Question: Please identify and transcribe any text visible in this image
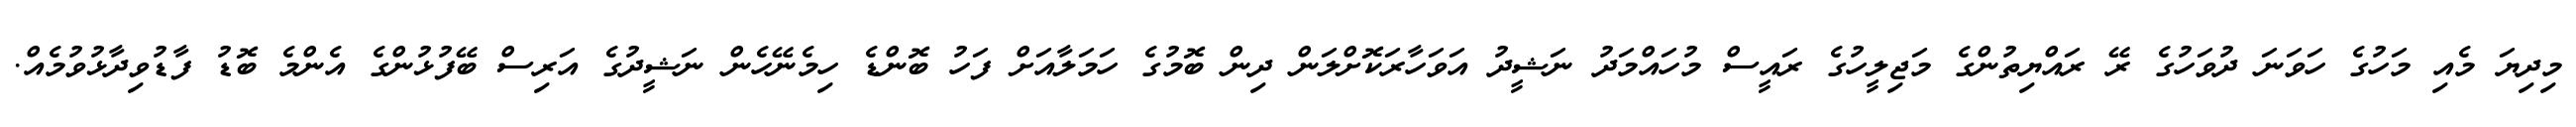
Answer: މިދިޔަ މެއި މަހުގެ ހަވަނަ ދުވަހުގެ ރޭ ރައްޔިތުންގެ މަޖިލީހުގެ ރައީސް މުހައްމަދު ނަޝީދު އަވަހާރަކޮށްލަން ދިން ބޮމުގެ ހަމަލާއަށް ފަހު ބޮންޑެ ހިމެނޭހެން ނަޝީދުގެ އަރިސް ބޭފުޅުންގެ އެންމެ ބޮޑު ފާޑުވިދާޅުވުމެއް.